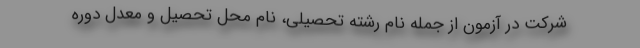
شرکت در آزمون از جمله نام رشته تحصیلی، نام محل تحصیل و معدل دوره